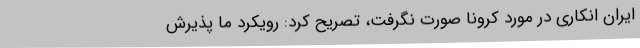
ایران انکاری در مورد کرونا صورت نگرفت، تصریح کرد: رویکرد ما پذیرش